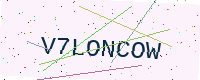
Text: V7LONCOW